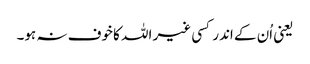
یعنی اُن کے اندر کسی غیر اللہ کا خوف نہ ہو۔